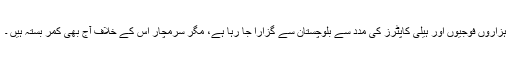
ہزاروں فوجیوں اور ہیلی کاپٹرز کی مدد سے بلوچستان سے گزارا جا رہا ہے، مگر سرمچار اِس کے خلاف آج بھی کمر بستہ ہیں ۔